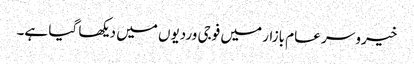
خیرو سر عام بازار میں فوجی وردیوں میں دیکھا گیا ہے۔